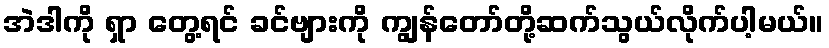
အဲဒါကို ရှာ တွေ့ရင် ခင်ဗျားကို ကျွန်တော်တို့ဆက်သွယ်လိုက်ပါ့မယ်။